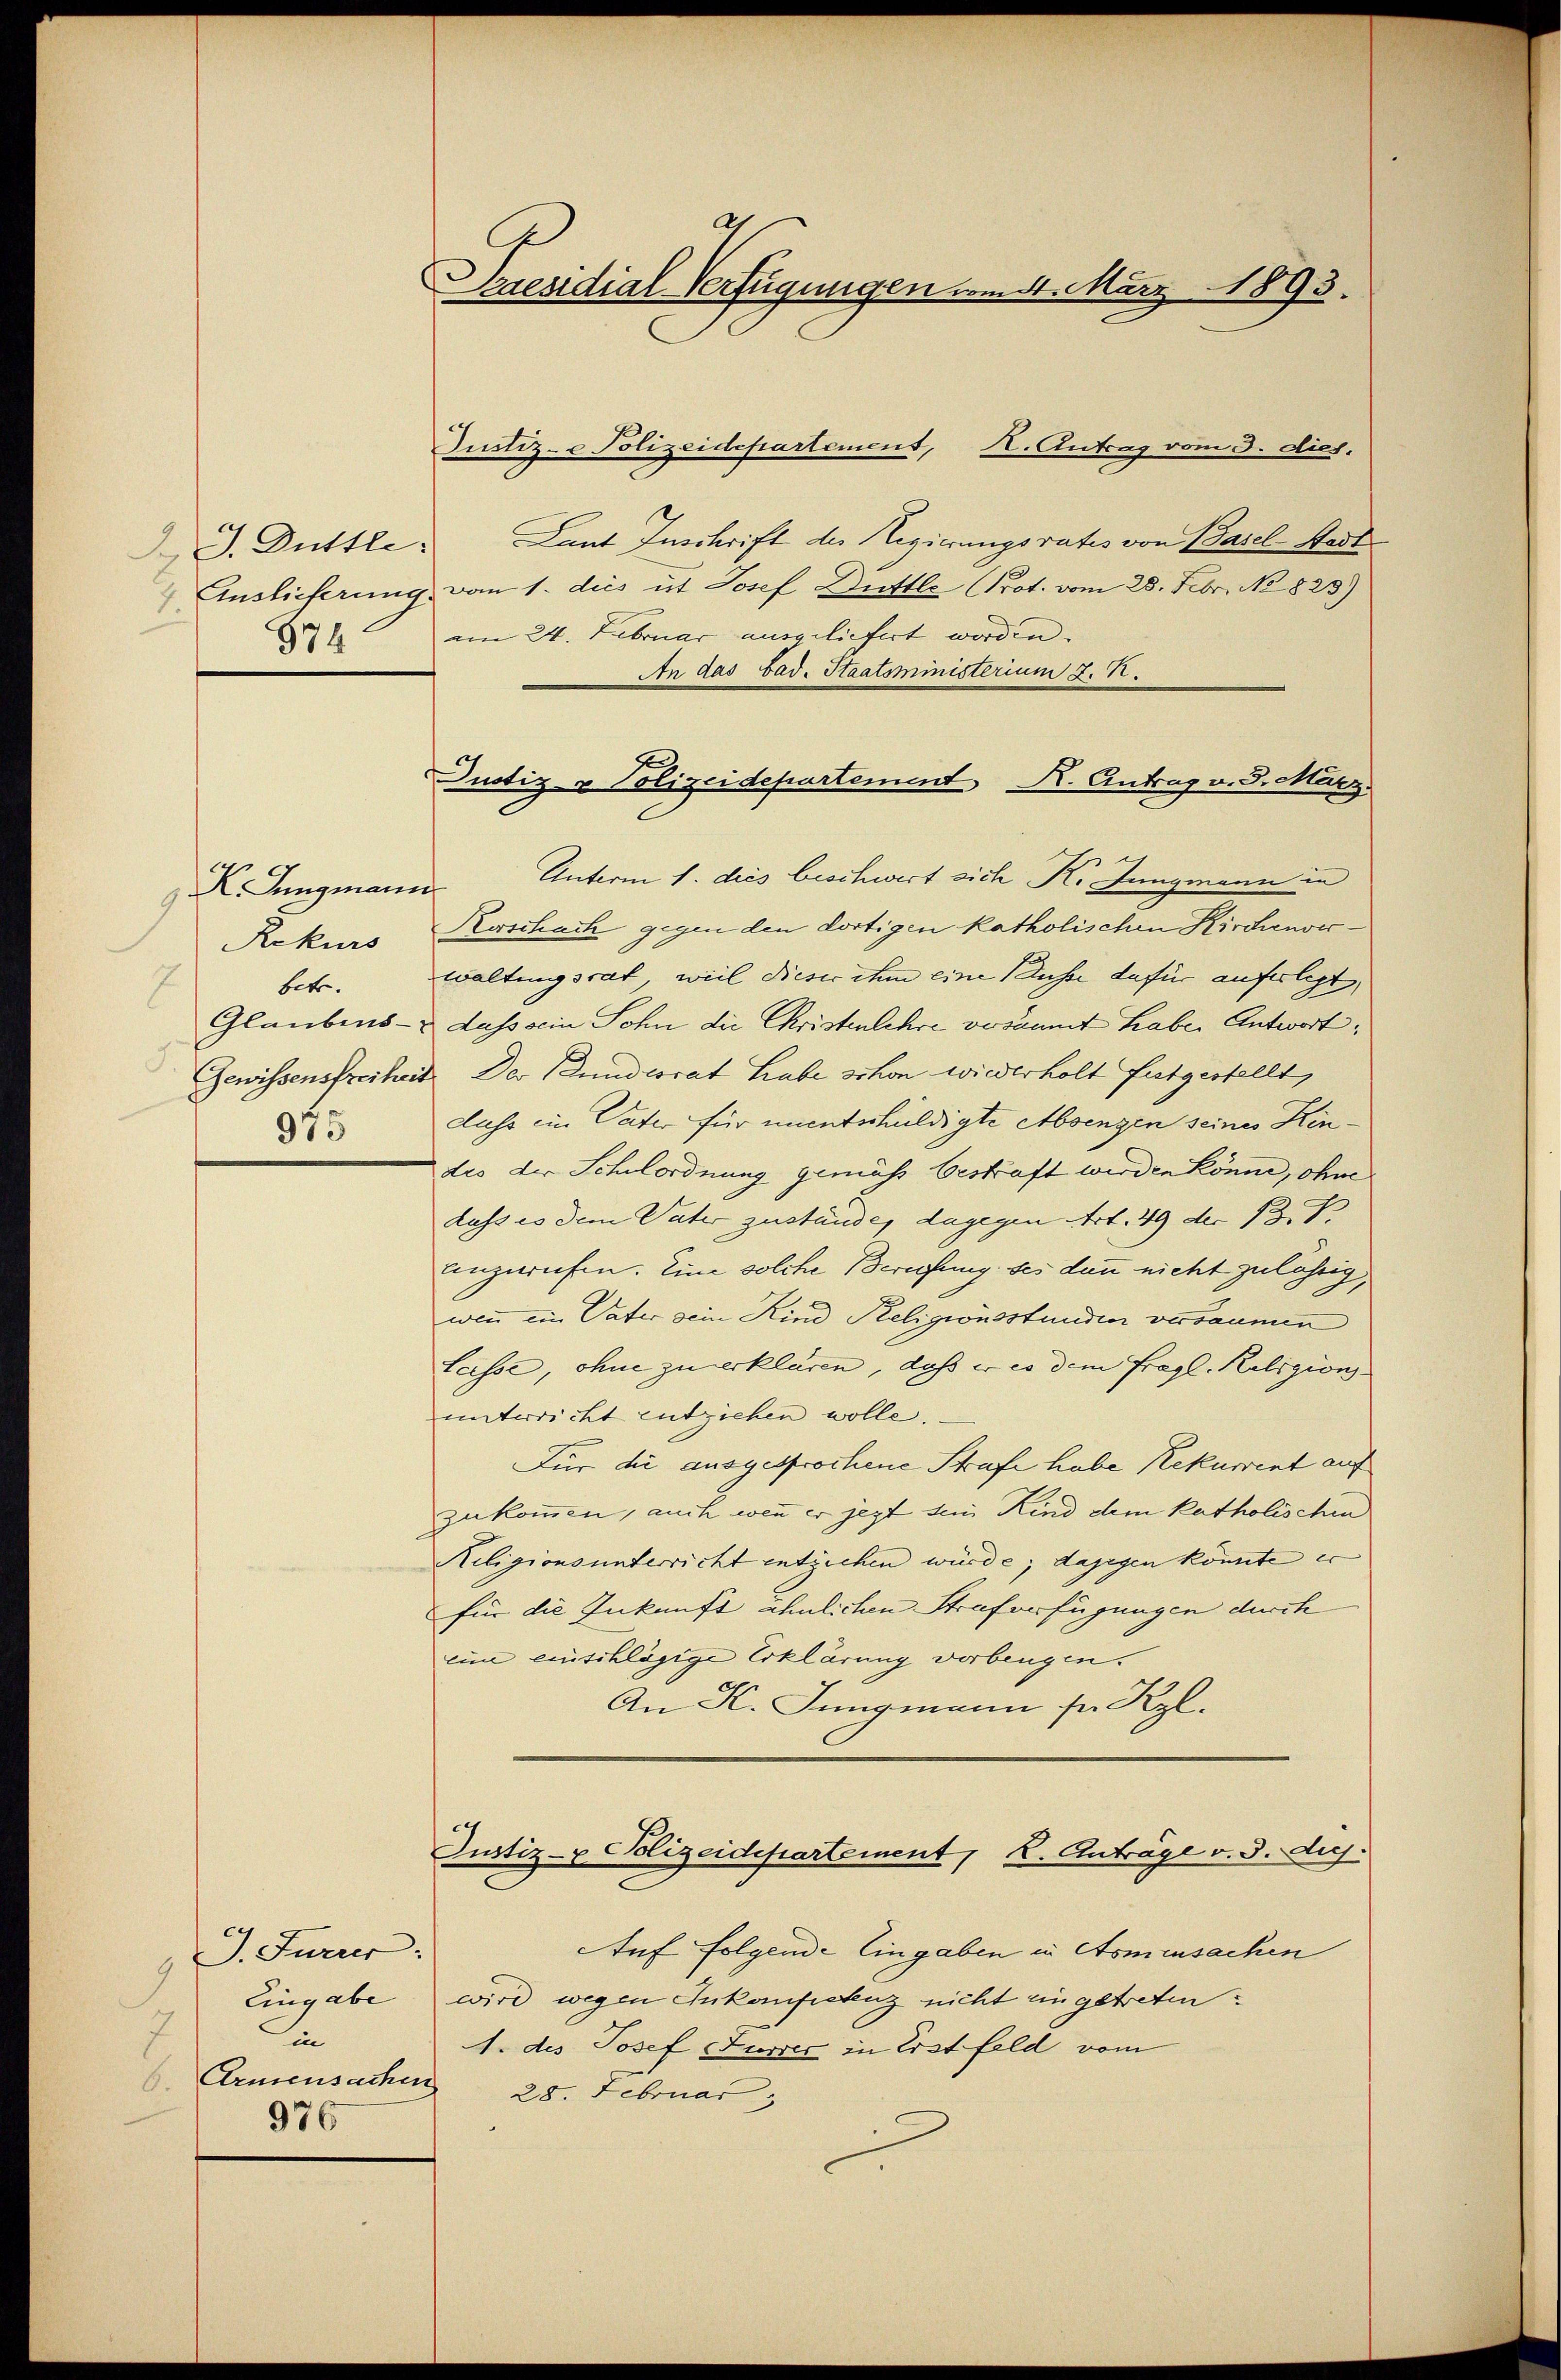
J. J. Duttle
 Auslieferung.

K. Langmann
Rekurs
betr.
8
Glaubens-
Gewissensfreihen
975

J. Furrer
2
in
C. Armensachen
976

A
Peresidial-Verfügungen am 4. März 1893.

Justiz- & Polizeidepartement K. Antrag v. 3. März.

Justiz- & Polizeidepartement, H. Antrag vom 3. dies.
Laut Inschrift der Regierungsrates von Basel-Stadt
van 1. dies ist Josef Duttle (Prot. vom 28. Febr. No 823)
§71 am 24. Februar angelichert worden. |
An das bad. Staatsministerium d. M.
Unterm 1. dies beschwert sich K. Jungmann in
Kerschach gegen den dortigen katholischen Kirchenverwaltungsrat, weil dieser ihm eine Ausse dafür auferlegt,
dass sein Sohn die Christenlehre versammt habe Antwort:
Der Bundesrat habe schon wiederholt futgestellt,
dass ein Vater für unentschuldigte Absengen seines Kindes der Schulordnung gemäss bestraft werden könne, ohne
dass es dem Vater zustände, dagegen Art. 49 der 13. J
anzurufen. Eine solche Berufung des dann nicht zulässig,
wenn ein Vater sein Kind Religionsstunden verbaumen
Lasse, ohne zu erklären, daß er es dem Fragl. Religion
unterricht entziehen wolle.
Für die ausgesprochene Strafe habe Rekurrent auf
zukommen, auch wenn er jezt sein Kind dem katholischen
Religionsunterricht entziehen würde; dagegen könnte er
für die Inkunft ähnlichen Strafverfügungen durch
eine einschlägige Erklärung verbeugen.
An K. Jungmann sr Kzl.
Justiz- u Polizeidepartement, K. Anträge v. 3. huj.
Auf folgende Eingaben in Asmensachen
Eingabe wird wegen Inkonfistenz nicht eingetreten.
A. des Josef Jusić in Erstfeld vom
28. Februar